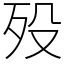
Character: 殁